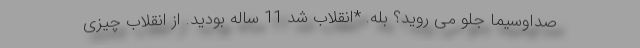
صداوسیما جلو می روید؟ بله. *انقلاب شد 11 ساله بودید. از انقلاب چیزی